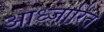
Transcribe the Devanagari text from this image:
आध्जारित